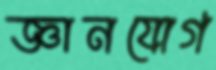
জ্ঞানযোগ